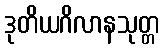
ဒုတိယဂိလာနသုတ္တ